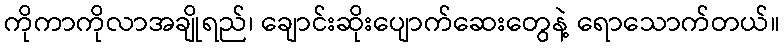
ကိုကာကိုလာအချိုရည်၊ ချောင်းဆိုးပျောက်ဆေးတွေနဲ့ ရောသောက်တယ်။